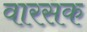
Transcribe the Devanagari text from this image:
वारसक